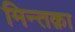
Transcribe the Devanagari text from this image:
मिन्तक़ा